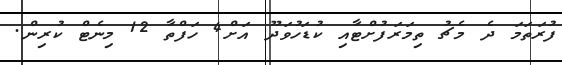
ފުރަތަމަ ދެ މެޗު ތިމަރަފުށްޓާއި ކުޑަހުވަދޫ އަށް4 ހަފްތާ 12 މިނެޓް ކުރިން.